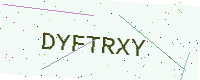
Text: DYFTRXY